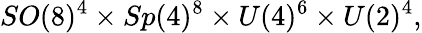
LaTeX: SO(8)^{4}\times Sp(4)^{8}\times U(4)^{6}\times U(2)^{4},